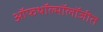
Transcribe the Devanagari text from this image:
ऑफथॉल्मॉलॉजीत